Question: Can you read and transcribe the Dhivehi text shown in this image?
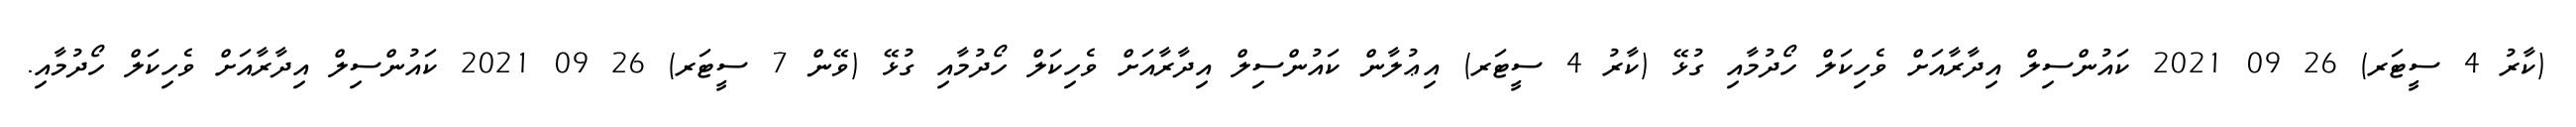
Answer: (ކާރު 4 ސީޓަރ) 26 09 2021 ކައުންސިލް އިދާރާއަށް ވެހިކަލް ހޯދުމާއި ގުޅޭ (ކާރު 4 ސީޓަރ) އިޢުލާން ކައުންސިލް އިދާރާއަށް ވެހިކަލް ހޯދުމާއި ގުޅޭ (ވޭން 7 ސީޓަރ) 26 09 2021 ކައުންސިލް އިދާރާއަށް ވެހިކަލް ހޯދުމާއި.